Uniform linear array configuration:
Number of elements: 16
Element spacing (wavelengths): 0.25
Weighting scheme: uniform
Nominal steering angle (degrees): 45
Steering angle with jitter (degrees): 46.203
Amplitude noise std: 0.05
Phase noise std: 0.05

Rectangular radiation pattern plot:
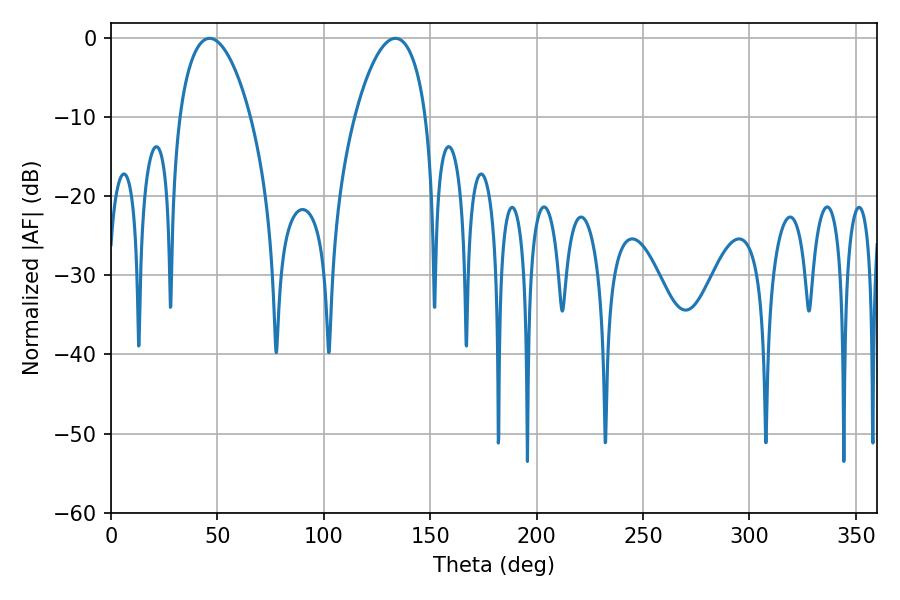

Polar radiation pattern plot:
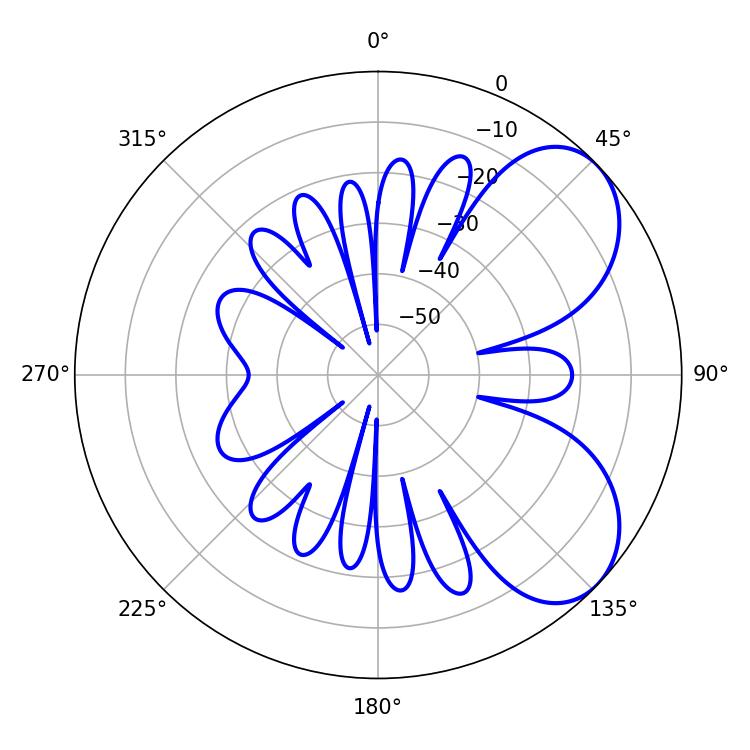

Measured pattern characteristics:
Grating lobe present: FALSE
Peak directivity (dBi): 5.939
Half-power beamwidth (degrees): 18.72
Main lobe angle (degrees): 46.26